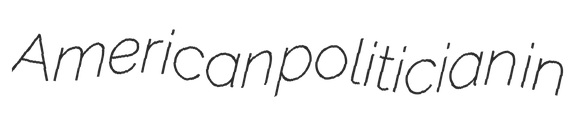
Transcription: American politician in